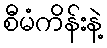
စီမံကိန်းနဲ့